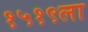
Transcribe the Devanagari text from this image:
१५१९ला